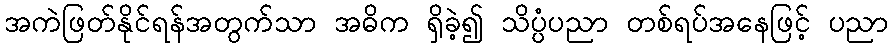
အကဲဖြတ်နိုင်ရန်အတွက်သာ အဓိက ရှိခဲ့၍ သိပ္ပံပညာ တစ်ရပ်အနေဖြင့် ပညာ